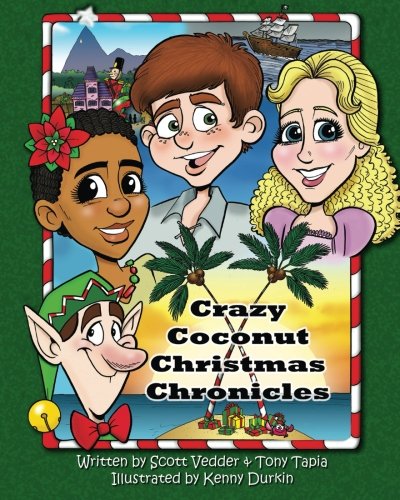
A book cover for Crazy Coconut Christmas Chronicles; Scott Vedder; Children's Books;